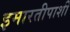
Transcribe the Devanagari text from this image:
इमारतीपाशी